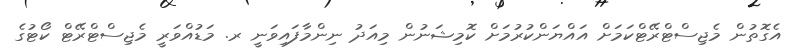
އެގޮތުން މެޖިސްޓްރޭޓްކަމަށް އައްޔަންކުރުމަށް ކޮމިޝަނުން މިއަދު ނިންމާފައިވަނީ ރ. މަޑުއްވަރީ މެޖިސްޓްރޭޓް ކޯޓުގެ